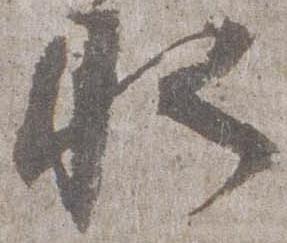
水